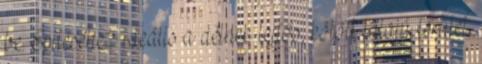
be. Építéséhez ideális a délnek lejtős, kötött talajú terület.